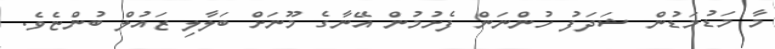
މާ މަޑުމަޑުން ޝަދަފު ހުންނަން ފެށުމުން އޭނާގެ މޫނަށް ބަލާލި ޒައުލް ބުންޏެވެ.